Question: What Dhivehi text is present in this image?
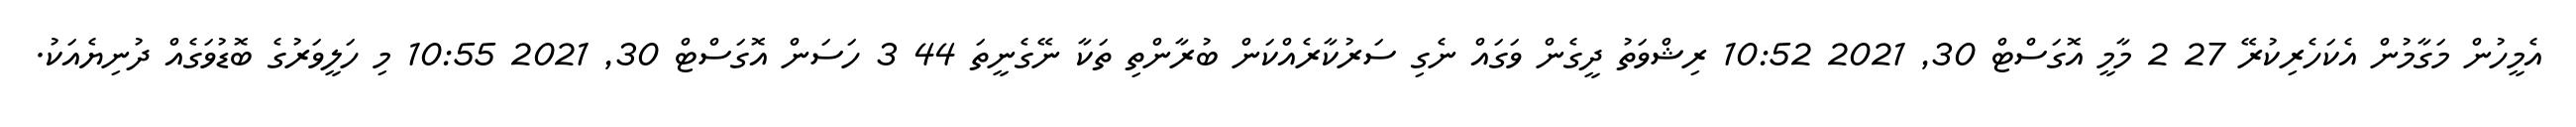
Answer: އެމީހުން މަގާމުން އެކަހެރިކުރޭ 27 2 މާމީ އޮގަސްޓް 30, 2021 10:52 ރިޝްވަތު ދީގެން ވަގައް ނެގި ސަރުކާރެއްކަން ބުރާންތި ތަކާ ނޭގެނީތަ 44 3 ހަސަން އޮގަސްޓް 30, 2021 10:55 މި ހަލީވަރުގެ ބޮޑުވަގެއް ދުނިޔެއަކު.